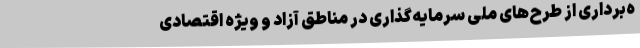
ه‌برداری از طرح‌های ملی سرمایه‌گذاری در مناطق آزاد و ویژه اقتصادی